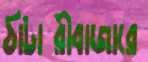
ঠাটারীবাজারে